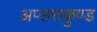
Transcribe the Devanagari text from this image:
अप्सराकुण्ड